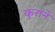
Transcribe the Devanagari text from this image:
कुराने